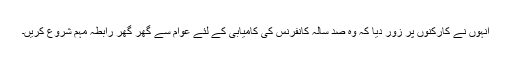
انہوں نے کارکنوں پر زور دیا کہ وہ صد سالہ کانفرنس کی کامیابی کے لئے عوام سے گھر گھر رابطہ مہم شروع کریں۔